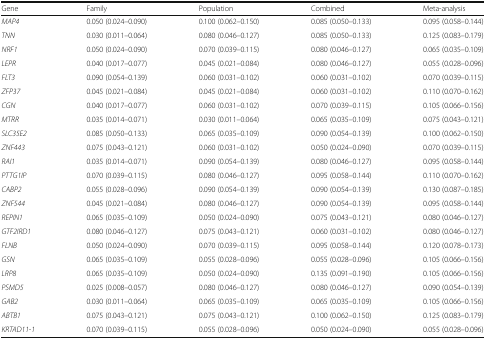
<table><thead><tr><td><b>Gene</b></td><td><b>Family</b></td><td><b>Population</b></td><td><b>Combined</b></td><td><b>Meta-analysis</b></td></tr></thead><tbody><tr><td><i>MAP4</i></td><td>0.050 (0.024–0.090)</td><td>0.100 (0.062–0.150)</td><td>0.085 (0.050–0.133)</td><td>0.095 (0.058–0.144)</td></tr><tr><td><i>TNN</i></td><td>0.030 (0.011–0.064)</td><td>0.080 (0.046–0.127)</td><td>0.085 (0.050–0.133)</td><td>0.125 (0.083–0.179)</td></tr><tr><td><i>NRF1</i></td><td>0.050 (0.024–0.090)</td><td>0.070 (0.039–0.115)</td><td>0.080 (0.046–0.127)</td><td>0.065 (0.035–0.109)</td></tr><tr><td><i>LEPR</i></td><td>0.040 (0.017–0.077)</td><td>0.045 (0.021–0.084)</td><td>0.080 (0.046–0.127)</td><td>0.055 (0.028–0.096)</td></tr><tr><td><i>FLT3</i></td><td>0.090 (0.054–0.139)</td><td>0.060 (0.031–0.102)</td><td>0.060 (0.031–0.102)</td><td>0.070 (0.039–0.115)</td></tr><tr><td><i>ZFP37</i></td><td>0.045 (0.021–0.084)</td><td>0.045 (0.021–0.084)</td><td>0.060 (0.031–0.102)</td><td>0.110 (0.070–0.162)</td></tr><tr><td><i>CGN</i></td><td>0.040 (0.017–0.077)</td><td>0.060 (0.031–0.102)</td><td>0.070 (0.039–0.115)</td><td>0.105 (0.066–0.156)</td></tr><tr><td><i>MTRR</i></td><td>0.035 (0.014–0.071)</td><td>0.030 (0.011–0.064)</td><td>0.065 (0.035–0.109)</td><td>0.075 (0.043–0.121)</td></tr><tr><td><i>SLC35E2</i></td><td>0.085 (0.050–0.133)</td><td>0.065 (0.035–0.109)</td><td>0.090 (0.054–0.139)</td><td>0.100 (0.062–0.150)</td></tr><tr><td><i>ZNF443</i></td><td>0.075 (0.043–0.121)</td><td>0.060 (0.031–0.102)</td><td>0.050 (0.024–0.090)</td><td>0.070 (0.039–0.115)</td></tr><tr><td><i>RAI1</i></td><td>0.035 (0.014–0.071)</td><td>0.090 (0.054–0.139)</td><td>0.080 (0.046–0.127)</td><td>0.095 (0.058–0.144)</td></tr><tr><td><i>PTTG1IP</i></td><td>0.070 (0.039–0.115)</td><td>0.080 (0.046–0.127)</td><td>0.095 (0.058–0.144)</td><td>0.110 (0.070–0.162)</td></tr><tr><td><i>CABP2</i></td><td>0.055 (0.028–0.096)</td><td>0.090 (0.054–0.139)</td><td>0.090 (0.054–0.139)</td><td>0.130 (0.087–0.185)</td></tr><tr><td><i>ZNF544</i></td><td>0.045 (0.021–0.084)</td><td>0.080 (0.046–0.127)</td><td>0.090 (0.054–0.139)</td><td>0.095 (0.058–0.144)</td></tr><tr><td><i>REPIN1</i></td><td>0.065 (0.035–0.109)</td><td>0.050 (0.024–0.090)</td><td>0.075 (0.043–0.121)</td><td>0.080 (0.046–0.127)</td></tr><tr><td><i>GTF2IRD1</i></td><td>0.080 (0.046–0.127)</td><td>0.075 (0.043–0.121)</td><td>0.060 (0.031–0.102)</td><td>0.080 (0.046–0.127)</td></tr><tr><td><i>FLNB</i></td><td>0.050 (0.024–0.090)</td><td>0.070 (0.039–0.115)</td><td>0.095 (0.058–0.144)</td><td>0.120 (0.078–0.173)</td></tr><tr><td><i>GSN</i></td><td>0.065 (0.035–0.109)</td><td>0.055 (0.028–0.096)</td><td>0.055 (0.028–0.096)</td><td>0.105 (0.066–0.156)</td></tr><tr><td><i>LRP8</i></td><td>0.065 (0.035–0.109)</td><td>0.050 (0.024–0.090)</td><td>0.135 (0.091–0.190)</td><td>0.105 (0.066–0.156)</td></tr><tr><td><i>PSMD5</i></td><td>0.025 (0.008–0.057)</td><td>0.080 (0.046–0.127)</td><td>0.080 (0.046–0.127)</td><td>0.090 (0.054–0.139)</td></tr><tr><td><i>GAB2</i></td><td>0.030 (0.011–0.064)</td><td>0.065 (0.035–0.109)</td><td>0.065 (0.035–0.109)</td><td>0.105 (0.066–0.156)</td></tr><tr><td><i>ABTB1</i></td><td>0.075 (0.043–0.121)</td><td>0.075 (0.043–0.121)</td><td>0.100 (0.062–0.150)</td><td>0.125 (0.083–0.179)</td></tr><tr><td><i>KRTAD11-1</i></td><td>0.070 (0.039–0.115)</td><td>0.055 (0.028–0.096)</td><td>0.050 (0.024–0.090)</td><td>0.055 (0.028–0.096)</td></tr></tbody></table>